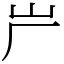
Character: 屵